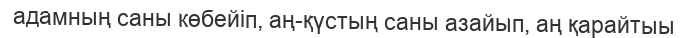
адамның саны көбейіп, аң-қүстың саны азайып, аң қарайтыы